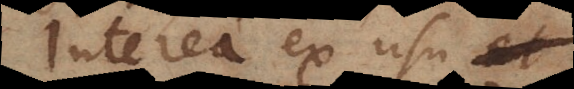
Interea ex usu et